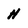
Character: H